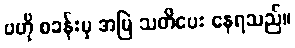
ဗဟို စခန်းမှ အမြဲ သတိပေး နေရသည်။